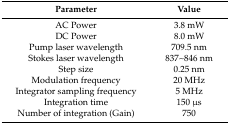
| Parameter | Value |
 | --- | --- |
 | AC Power | 3.8 mW |
 | DC Power | 8.0 mW |
 | Pump laser wavelength | 709.5 nm |
 | Stokes laser wavelength | 837~846 nm |
 | Step size | 0.25 nm |
 | Modulation frequency | 20 MHz |
 | Integrator sampling frequency | 5 MHz |
 | Integration time | 150 μs |
 | Number of integration (Gain) | 750 |